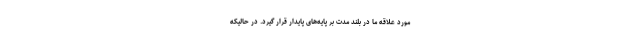
مورد علاقه ما در بلند مدت بر پایه‌های پایدار قرار گیرد. در حالیکه